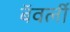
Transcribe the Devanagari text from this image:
बॅवर्ली